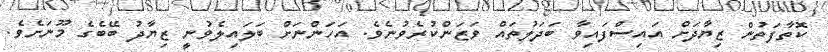
ކޮތާފަތުން ޒިޔާދަށް އައިސްފައިވާ ބަދަލުތައް ވަޒަންކުރެވުނެވެ. އަހަންނަށް ބަލައިލެވުނީ ޒިޔާދު ބޭބެގެ މޫނަށެވެ.